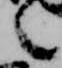
言